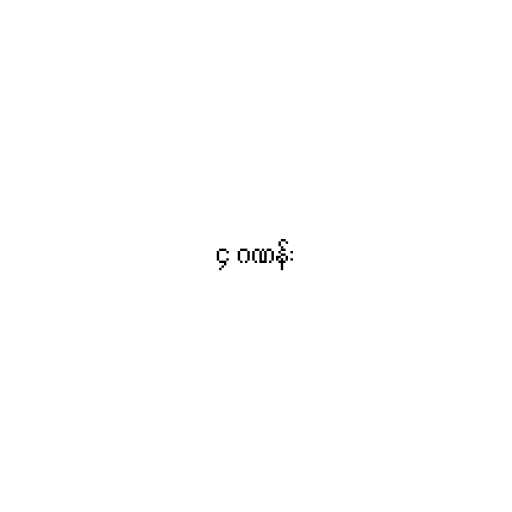
၄ ဂဏန်း